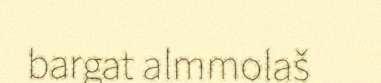
bargat almmolaš